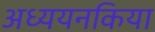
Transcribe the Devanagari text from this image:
अध्ययनकिया